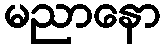
မညာနော